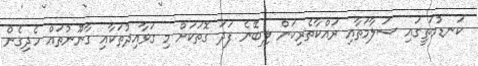
ކަނޑުމަތީގައި ސަލާމަތާއި ރައްކާތެރިކަން ލިބޭނެ ފަދަ ގޮތަކަށް މި ގަވާއިދުތަކާއި ގާނޫނުތައް ހެދިގެން